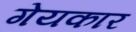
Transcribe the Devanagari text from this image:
गेयकार